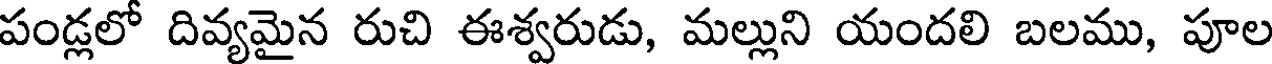
పండ్లలో దివ్యమైన రుచి ఈశ్వరుడు, మల్లుని యందలి బలము, పూల